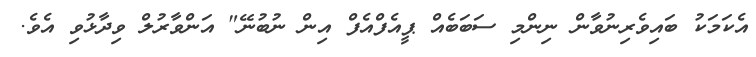
އެކަމަކު ބައިވެރިނުވާން ނިންމި ސަބަބެއް ޕީއެފްއެފް އިން ނުބުނޭ" އަންވާރުލް ވިދާޅުވި އެވެ.